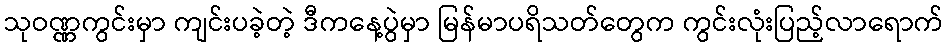
သုဝဏ္ဏကွင်းမှာ ကျင်းပခဲ့တဲ့ ဒီကနေ့ပွဲမှာ မြန်မာပရိသတ်တွေက ကွင်းလုံးပြည့်လာရောက်